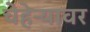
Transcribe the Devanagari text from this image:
चेहेऱ्यावर